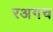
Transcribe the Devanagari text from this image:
रअगच